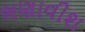
ભણાવીશ